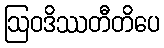
ဩဝဒိဿတီတိပေ